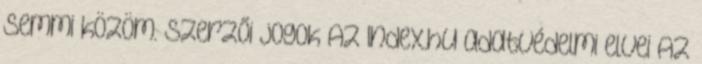
semmi közöm. Szerzői jogok Az Index.hu adatvédelmi elvei Az